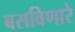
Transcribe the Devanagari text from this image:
बसविणारे